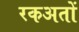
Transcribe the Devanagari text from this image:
रकअतों